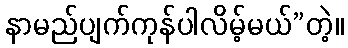
နာမည်ပျက်ကုန်ပါလိမ့်မယ်”တဲ့။